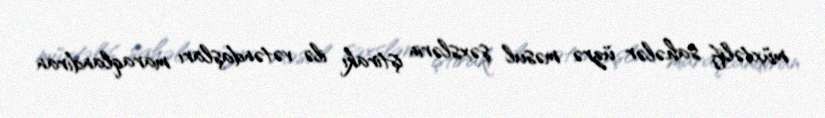
müxtəlif sahələr üzrə məsul şəxslərin iştirakı ilə vətəndaşları maraqlandıran